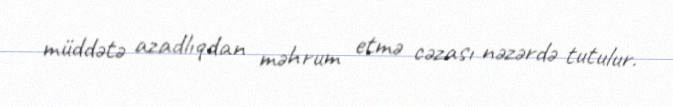
müddətə azadlıqdan məhrum etmə cəzası nəzərdə tutulur.